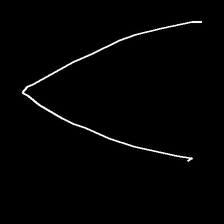
Glyph: region